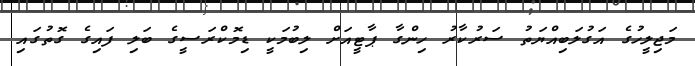
މަޖިލީހުގެ އަގުލަބިއްޔަތު ސަރުކާރު ހިންގާ ޕާޓީއަށް ލިބުމަކީ ޑިމޮކްރަސީގެ ބަލި ފައިގެ ގޮތުގައި